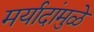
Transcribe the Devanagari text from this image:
मर्यादांमुळे